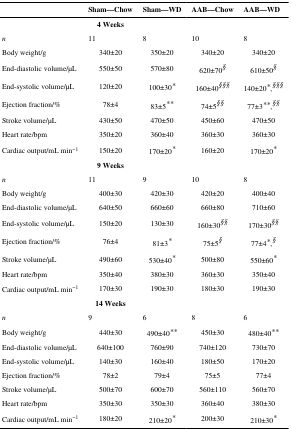
<table><thead><tr><td></td><td><b>Sham—Chow</b></td><td><b>Sham—WD</b></td><td><b>AAB—Chow</b></td><td><b>AAB—WD</b></td></tr></thead><tbody><tr><td></td><td><b>4 Weeks</b></td><td></td><td></td><td></td></tr><tr><td><i>n</i></td><td>11</td><td>8</td><td>10</td><td>8</td></tr><tr><td>Body weight/g</td><td>340±20</td><td>350±20</td><td>340±20</td><td>340±20</td></tr><tr><td>End-diastolic volume/μL</td><td>550±50</td><td>570±80</td><td>620±70<sup>§</sup></td><td>610±50<sup>§</sup></td></tr><tr><td>End-systolic volume/μL</td><td>120±20</td><td>100±30*</td><td>160±40<sup>§§§</sup></td><td>140±20*,<sup>§§§</sup></td></tr><tr><td>Ejection fraction/%</td><td>78±4</td><td>83±5**</td><td>74±5<sup>§§</sup></td><td>77±3**,<sup>§§</sup></td></tr><tr><td>Stroke volume/μL</td><td>430±50</td><td>470±50</td><td>450±60</td><td>470±50</td></tr><tr><td>Heart rate/bpm</td><td>350±20</td><td>360±40</td><td>360±30</td><td>360±30</td></tr><tr><td>Cardiac output/mL min<sup>−1</sup></td><td>150±20</td><td>170±20*</td><td>160±20</td><td>170±20*</td></tr><tr><td></td><td><b>9 Weeks</b></td><td></td><td></td><td></td></tr><tr><td><i>n</i></td><td>11</td><td>9</td><td>10</td><td>8</td></tr><tr><td>Body weight/g</td><td>400±30</td><td>420±30</td><td>420±20</td><td>400±40</td></tr><tr><td>End-diastolic volume/μL</td><td>640±50</td><td>660±60</td><td>660±80</td><td>710±60</td></tr><tr><td>End-systolic volume/μL</td><td>150±20</td><td>130±30</td><td>160±30<sup>§§</sup></td><td>170±30<sup>§§</sup></td></tr><tr><td>Ejection fraction/%</td><td>76±4</td><td>81±3*</td><td>75±5<sup>§</sup></td><td>77±4*,<sup>§</sup></td></tr><tr><td>Stroke volume/μL</td><td>490±60</td><td>530±40*</td><td>500±80</td><td>550±60*</td></tr><tr><td>Heart rate/bpm</td><td>350±40</td><td>380±30</td><td>360±30</td><td>350±40</td></tr><tr><td>Cardiac output/mL min<sup>−1</sup></td><td>170±30</td><td>190±30</td><td>180±30</td><td>190±30</td></tr><tr><td></td><td><b>14 Weeks</b></td><td></td><td></td><td></td></tr><tr><td><i>n</i></td><td>9</td><td>6</td><td>8</td><td>6</td></tr><tr><td>Body weight/g</td><td>440±30</td><td>490±40**</td><td>450±30</td><td>480±40**</td></tr><tr><td>End-diastolic volume/μL</td><td>640±100</td><td>760±90</td><td>740±120</td><td>730±70</td></tr><tr><td>End-systolic volume/μL</td><td>140±30</td><td>160±40</td><td>180±50</td><td>170±20</td></tr><tr><td>Ejection fraction/%</td><td>78±2</td><td>79±4</td><td>75±5</td><td>77±4</td></tr><tr><td>Stroke volume/μL</td><td>500±70</td><td>600±70</td><td>560±110</td><td>560±70</td></tr><tr><td>Heart rate/bpm</td><td>350±30</td><td>350±30</td><td>360±40</td><td>380±30</td></tr><tr><td>Cardiac output/mL min<sup>−1</sup></td><td>180±20</td><td>210±20*</td><td>200±30</td><td>210±30*</td></tr></tbody></table>